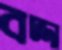
বদ্দা